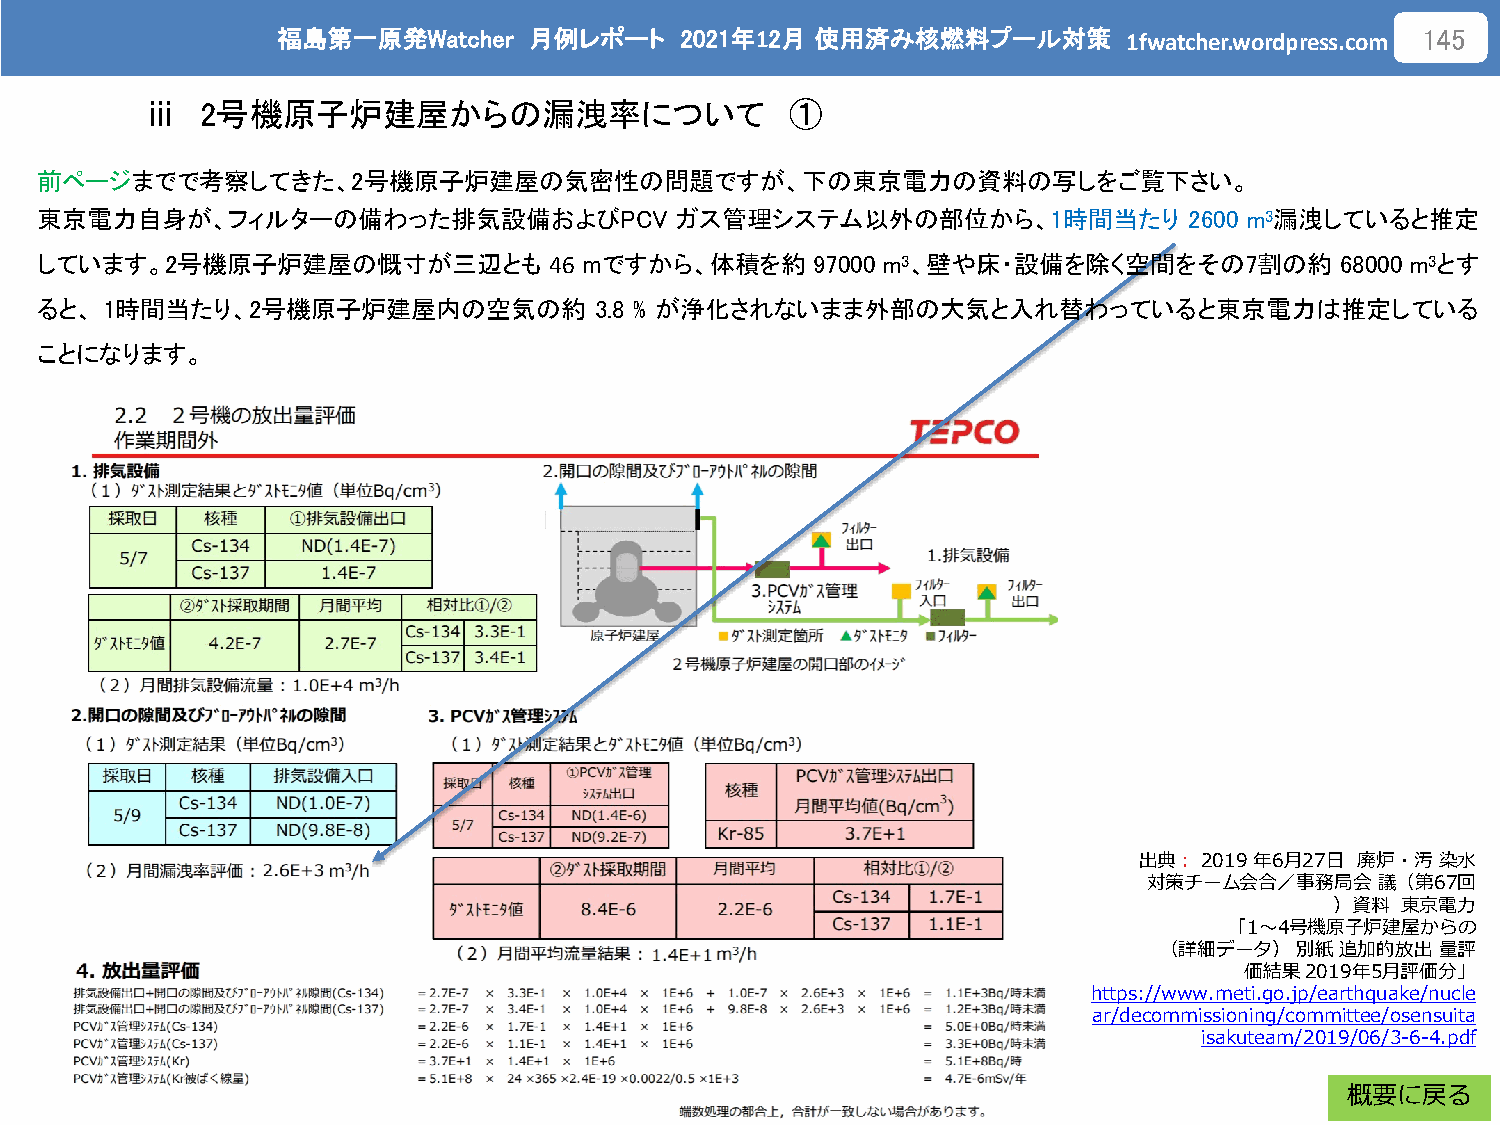
福島第一原発Watcher    月例レポート    2021年12月 使用済み核燃料プール対策
 1fwatcher.wordpress.com
 145
 ⅲ  2号機原子炉建屋からの漏洩率について                     ①
 前ページまでで考察してきた、2号機原子炉建屋の気密性の問題ですが、下の東京電力の資料の写しをご覧下さい。
 東京電力自身が、フィルターの備わった排気設備およびPCV               ガス管理システム以外の部位から、1時間当たり            2600 m3漏洩していると推定
 しています。2号機原子炉建屋の慨寸が三辺とも            46 mですから、体積を約     97000 m3、壁や床・設備を除く空間をその7割の約        68000 m3とす
 ると、  1時間当たり、2号機原子炉建屋内の空気の約           3.8 % が浄化されないまま外部の大気と入れ替わっていると東京電力は推定している
 ことになります。
 出典：2019年6月27日  廃炉・汚染水
 対策チーム会合／事務局会議（第67回
 ）資料  東京電力
 「1～4号機原子炉建屋からの
 （詳細データ）別紙追加的放出量評
 価結果2019年5月評価分」
 https://www.meti.go.jp/earthquake/nucle
 ar/decommissioning/committee/osensuita
 isakuteam/2019/06/3-6-4.pdf
 概要に戻る